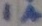
Text: 1A